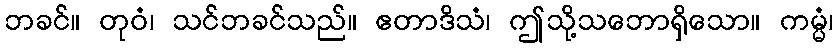
ဘခင်။ တုဝံ၊ သင်ဘခင်သည်။ ဧတာဒိသံ၊ ဤသို့သဘောရှိသော။ ကမ္မံ၊